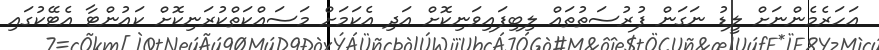
އަހަރެމެންނަށް ލީޑު ނަގަން ފުރުސަތުތައް ލިބިފައިވަނިކޮށް އަދި އެކަމަށް މަސައްކަތްކުރަނިކޮށް ކައުންޓާ އެޓޭކުގައި